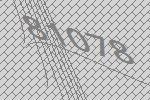
81078